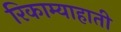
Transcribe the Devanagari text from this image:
रिकाम्याहाती